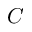
C